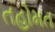
તહોમત